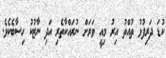
ކުޑަ ދަރިފުޅު ތުއްތު އިރު މިއީ ވަރަށް ނުރައްކާތެރި އަދި ނާޒުކު ހިސާބެކެވެ.